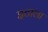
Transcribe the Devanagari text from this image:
इटाला